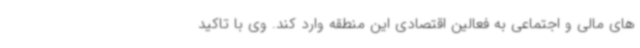
های مالی و اجتماعی به فعالین اقتصادی این منطقه وارد کند. وی با تاکید